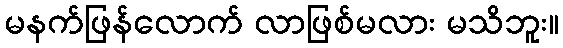
မနက်ဖြန်လောက် လာဖြစ်မလား မသိဘူး။